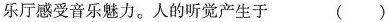
乐厅感受音乐魅力。人的听觉产生于 ( )